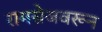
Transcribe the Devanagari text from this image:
रामसेजवरून